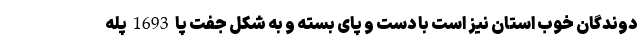
دوندگان خوب استان نیز است با دست و پای بسته و به شکل جفت پا 1693 پله